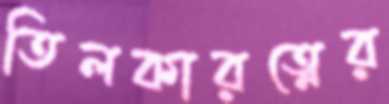
তিলকারত্নের